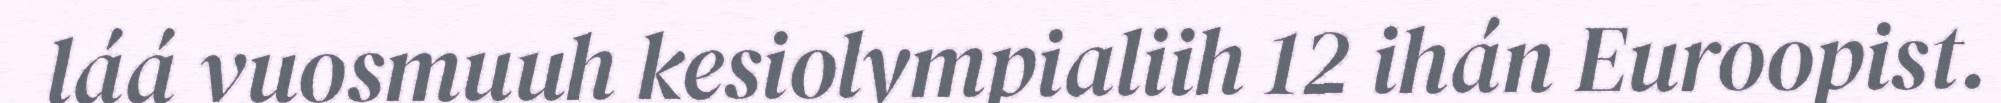
láá vuosmuuh kesiolympialiih 12 ihán Euroopist.